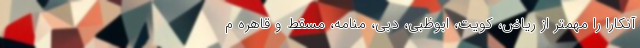
آنکارا را مهمتر از ریاض، کویت، ابوظبی، دبی، منامه، مسقط و قاهره م